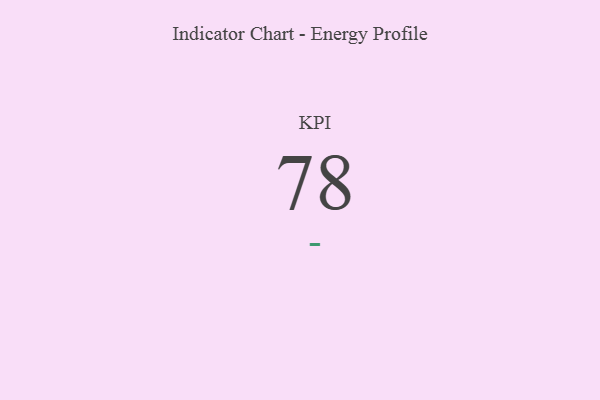
{"axis": {"x": "KPI", "y": "Value"}, "legend": [""], "data": [{"x": "KPI", "y": 78, "type": ""}]}